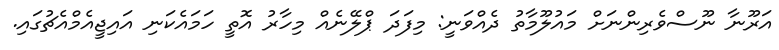
އަރޫނާ ނޫސްވެރިންނަށް މައުލޫމާތު ދެއްވަނީ: މިފަދަ ޕްލޭނެއް މިހާރު އޮތީ ހަމައެކަނި އައިޖީއެމްއެޗުގައި.